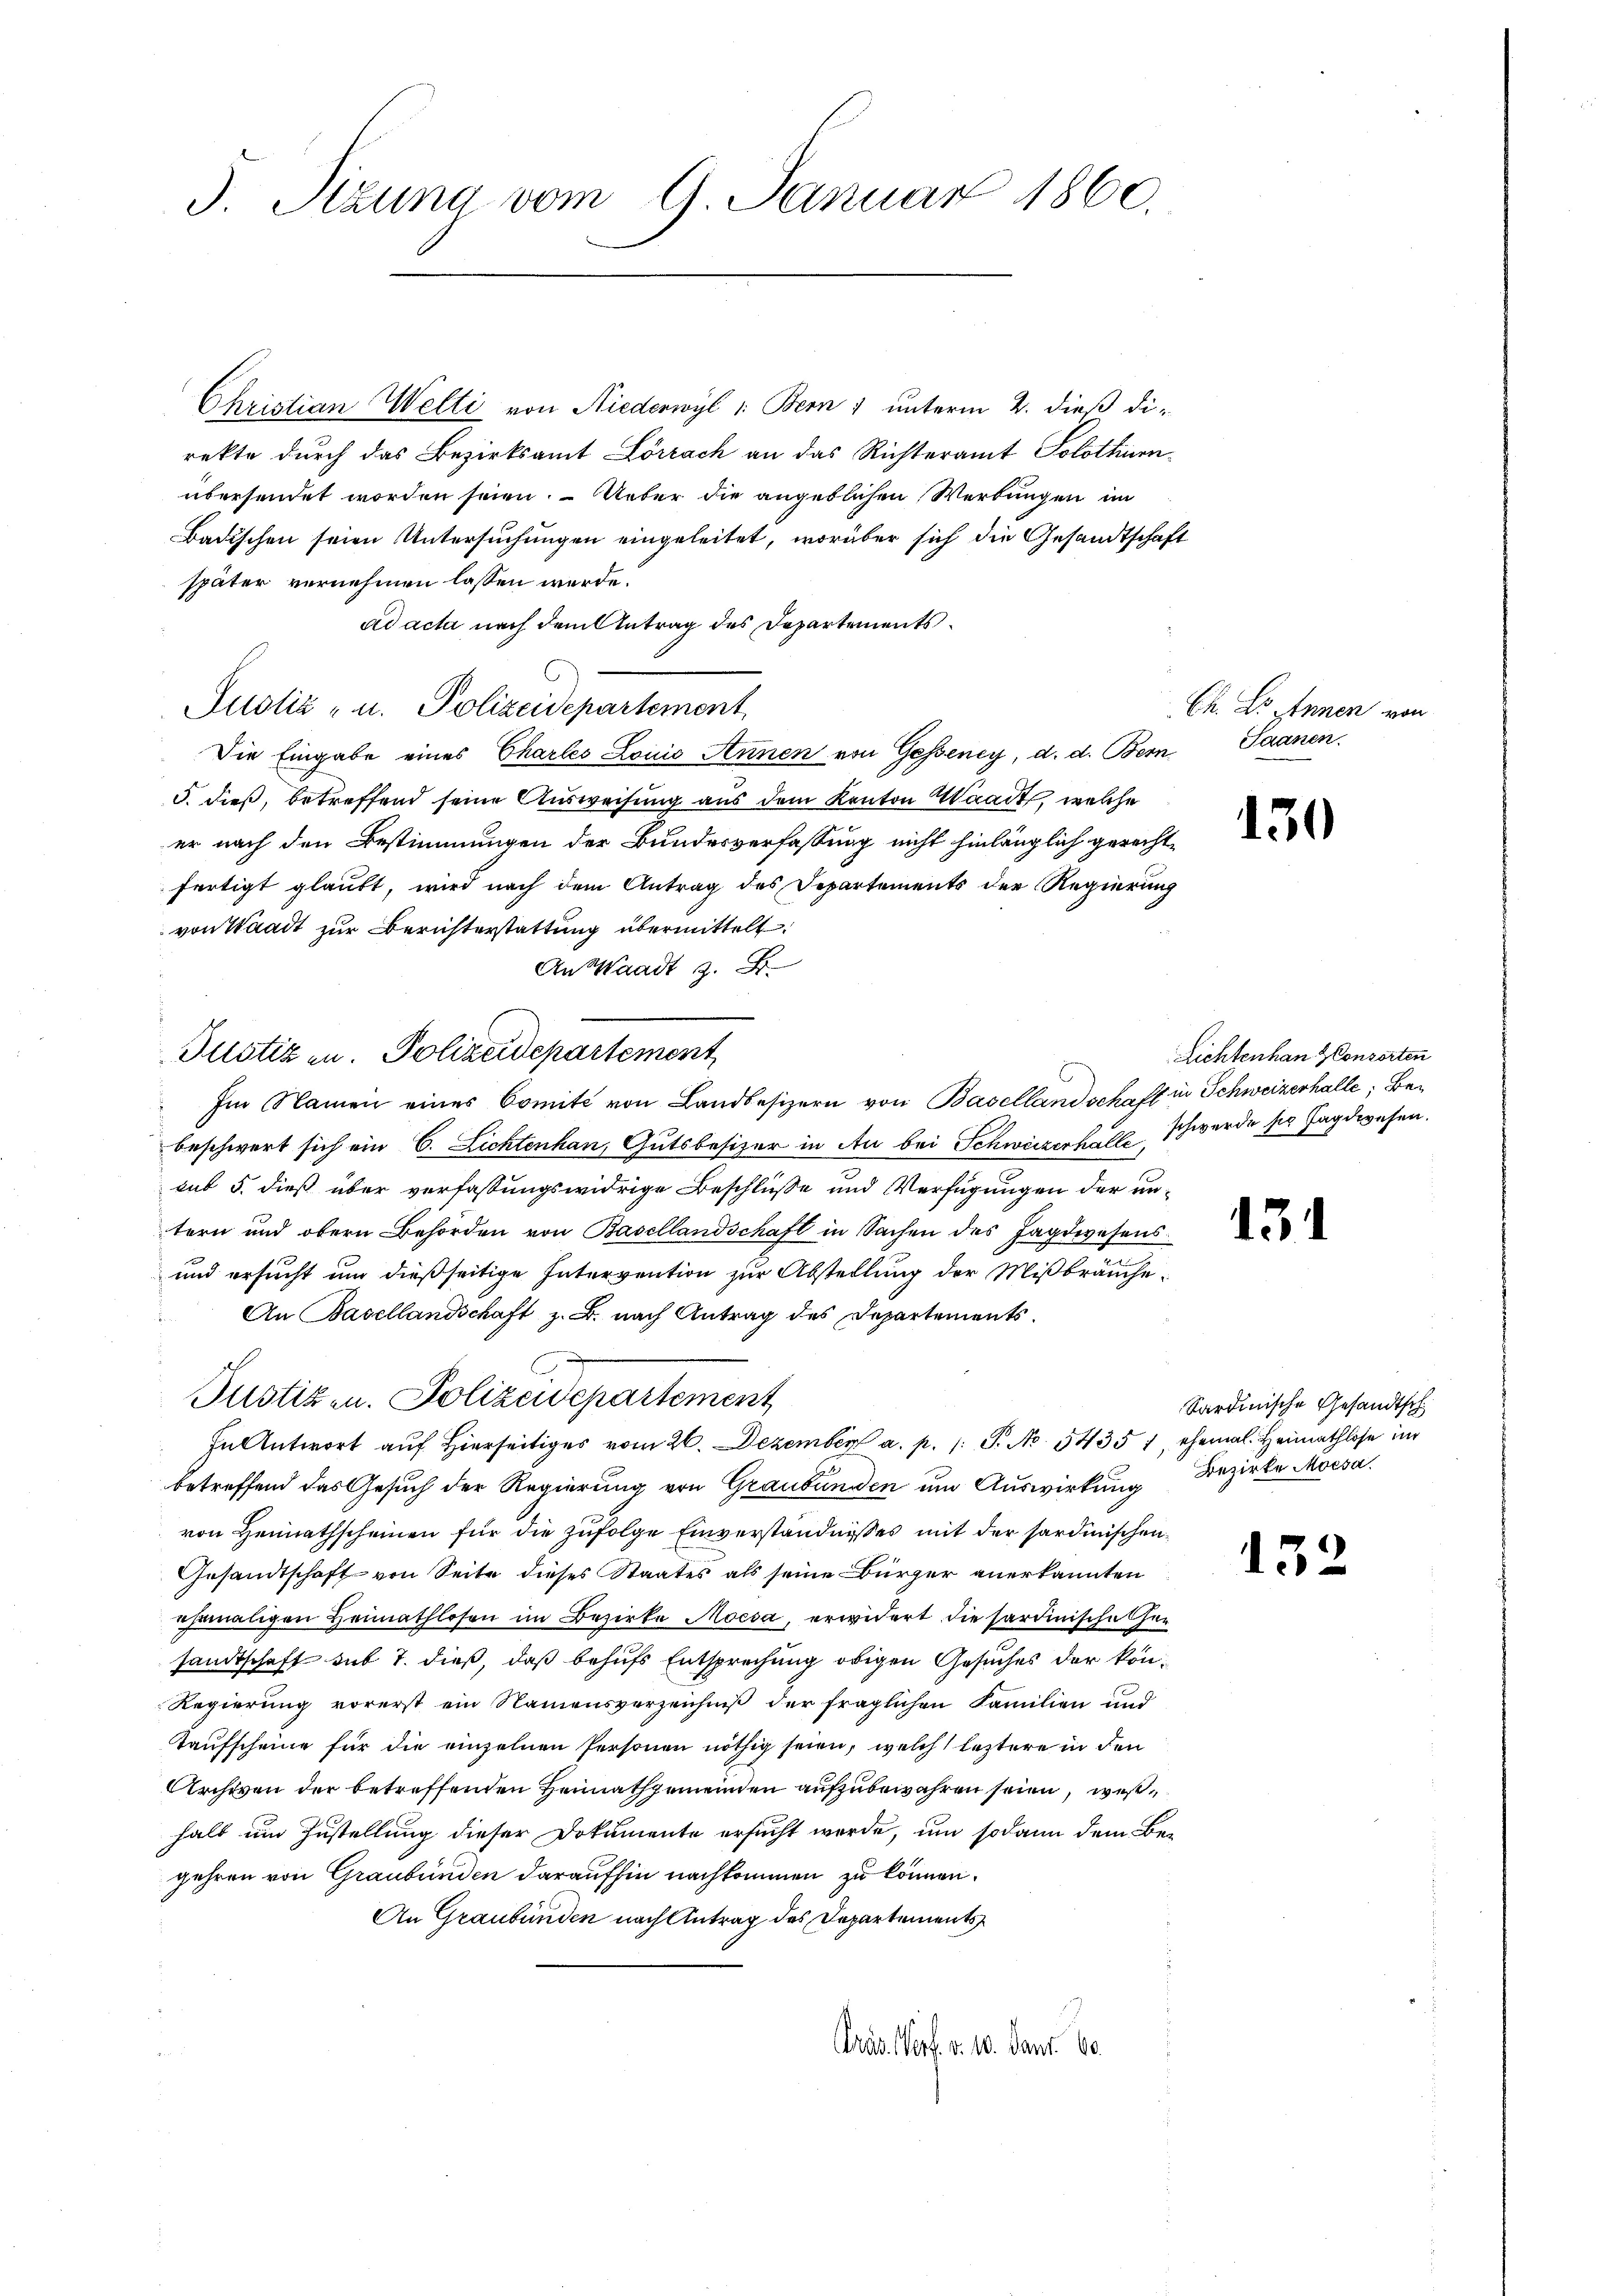
d. Sizung vom 9. Januar 1860.

Christian Welti von Niederwyl 1: Bern 1 unterm 2. dieß di-
rekte durch das Bezirksamt Lörrach an das Richteramt Solothurnübersendet worden seien. Ueber die angeblichen Werbungen im
Badischen seien Untersuchungen eingeleitet, worüber sich die Gesandtschaft
später vernehmen lassen werde.
ad acta nach dem Antrag des Departements¬
Justiz- u. Polizeidepartement.
Die Eingabe eines Charles Lonio Annen von Gesseney, d. d. Bern Saanen.
5. dieß, betreffend seine Ausweisung aus dem Kanton Waadt, welche
er nach den Bestimmungen der Bundesverfassung nicht hinlänglich gerechtfertigt glaubt, wird nach dem Antrag des Departements der Regierung
von Waadt zur Berichterstattung übermittelt.
An Waadt z. B.
Justizen. Polizeidepartement
Im Namen eines Comité von Landbesizern von Basellandschaft in Schweizerhalle, Bebeschwert sich ein C. Lichtenhan, Gutsbesizer in Au bei Schweizerhall schwerde sie Jagdwesen.
sub 5. dieß über verfassungswidrige Beschlüße und Verfügungen der untern und obern Behörden von Basellandschaft in Sachen des Jagdwesens
und ersucht um dießseitige Intervention zur Abstellung der Mißbräuche¬
An Basellandschaft z. B. nach Antrag des Departements.
Justiz- u. Polizeidepartement
In Antwort auf Hierseitiges vom 26. Dezember a. p. 1. P. Nr. 5435 1, ehemal. Heimathlose im
betreffend das Gesuch der Regierung von Graubünden um Auswirkung
von Heimathscheinen für die zufolge Einverständnisses mit der sardinischen
Gesandtschaft von Seite dieses Staates als seine Bürger anerkannten
ehemaligen Heimathlosen im Bezirke Moesa, erwidert die sardinische her
sandtschaft sub 7. dieß, daß behufs Entsprechung obigen Gesuches der kön¬
Regierung vorerst ein Namensverzeichniß der fraglichen Familien und
Taufscheine für die einzelnen Personen nöthig seien, welch leztere in den
Archiven der betreffenden Heimathgemeinden aufzubewahren seien, wes
halb um Zustellung dieser Dokumente ersucht werde, um sodann dem Begehren von Graubünden daraufhin nachkommen zu können.
An Graubünden nach Antrag des Departements
Präs. Verf. v. 10. Janr. 60

Ch. Er innen von

130

Lichtenhan Consorten

13

Sardinische Gesandtsch
Bezirke Moesa.

152